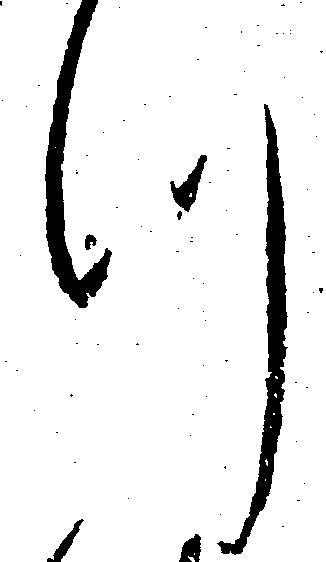
つ